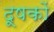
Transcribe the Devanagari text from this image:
दूषकों